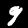
Digit: 9